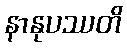
နာနုပဿတိ